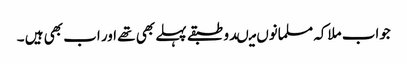
جواب ملاکہ مسلمانوں میںدو طبقے پہلے بھی تھے اور اب بھی ہیں ۔